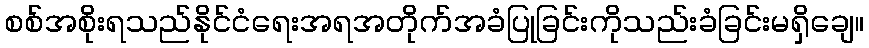
စစ်အစိုးရသည်နိုင်ငံရေးအရအတိုက်အခံပြုခြင်းကိုသည်းခံခြင်းမရှိချေ။